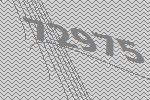
72975